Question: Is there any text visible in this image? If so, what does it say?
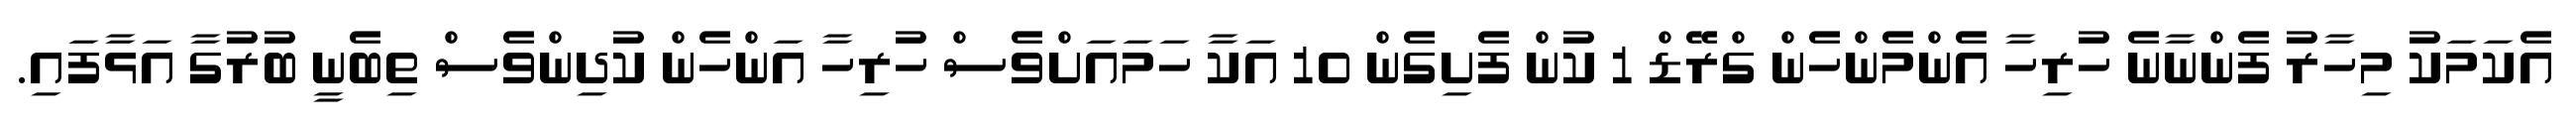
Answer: އެކަމަކު މިހާރު ފެންނާނެ ހުރިހާ އެންމެންހެން ގްރޭޑް 1 ކުން ފެށިގެން 10 އަކާ ހަމައަށްވެސް ހުރިހާ އަންހެން ކުދިންވެސް ތިބެނީ ބުރުގާ އަޅާފައި.